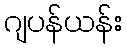
ဂျပန်ယန်း